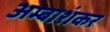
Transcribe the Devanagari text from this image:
अम्बाशंकर